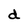
Character: d